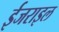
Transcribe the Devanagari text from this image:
ईजराइल